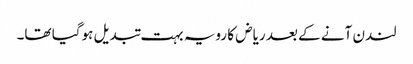
لندن آنے کے بعد ریاض کا رویہ بہت تبدیل ہوگیا تھا۔